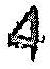
4